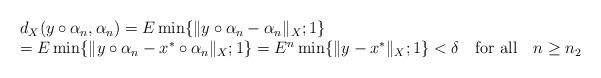
LaTeX: \begin{align*}\begin{array}{l} d_X(y\circ \alpha_n,\alpha_n)= E\min\{\|y\circ \alpha_n-\alpha_n\|_X; 1\} \\ =E\min\{\|y\circ \alpha_n-x^*\circ\alpha_n\|_X; 1\} =E^n \min\{\|y-x^*\|_X; 1\}<\delta \ \ \ \mbox{for all} \ \ \ n\ge n_2\end{array}\end{align*}